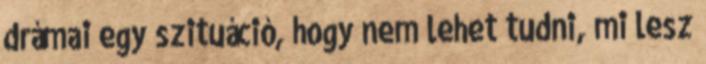
drámai egy szituáció, hogy nem lehet tudni, mi lesz